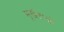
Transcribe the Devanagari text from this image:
मूर्खताओं